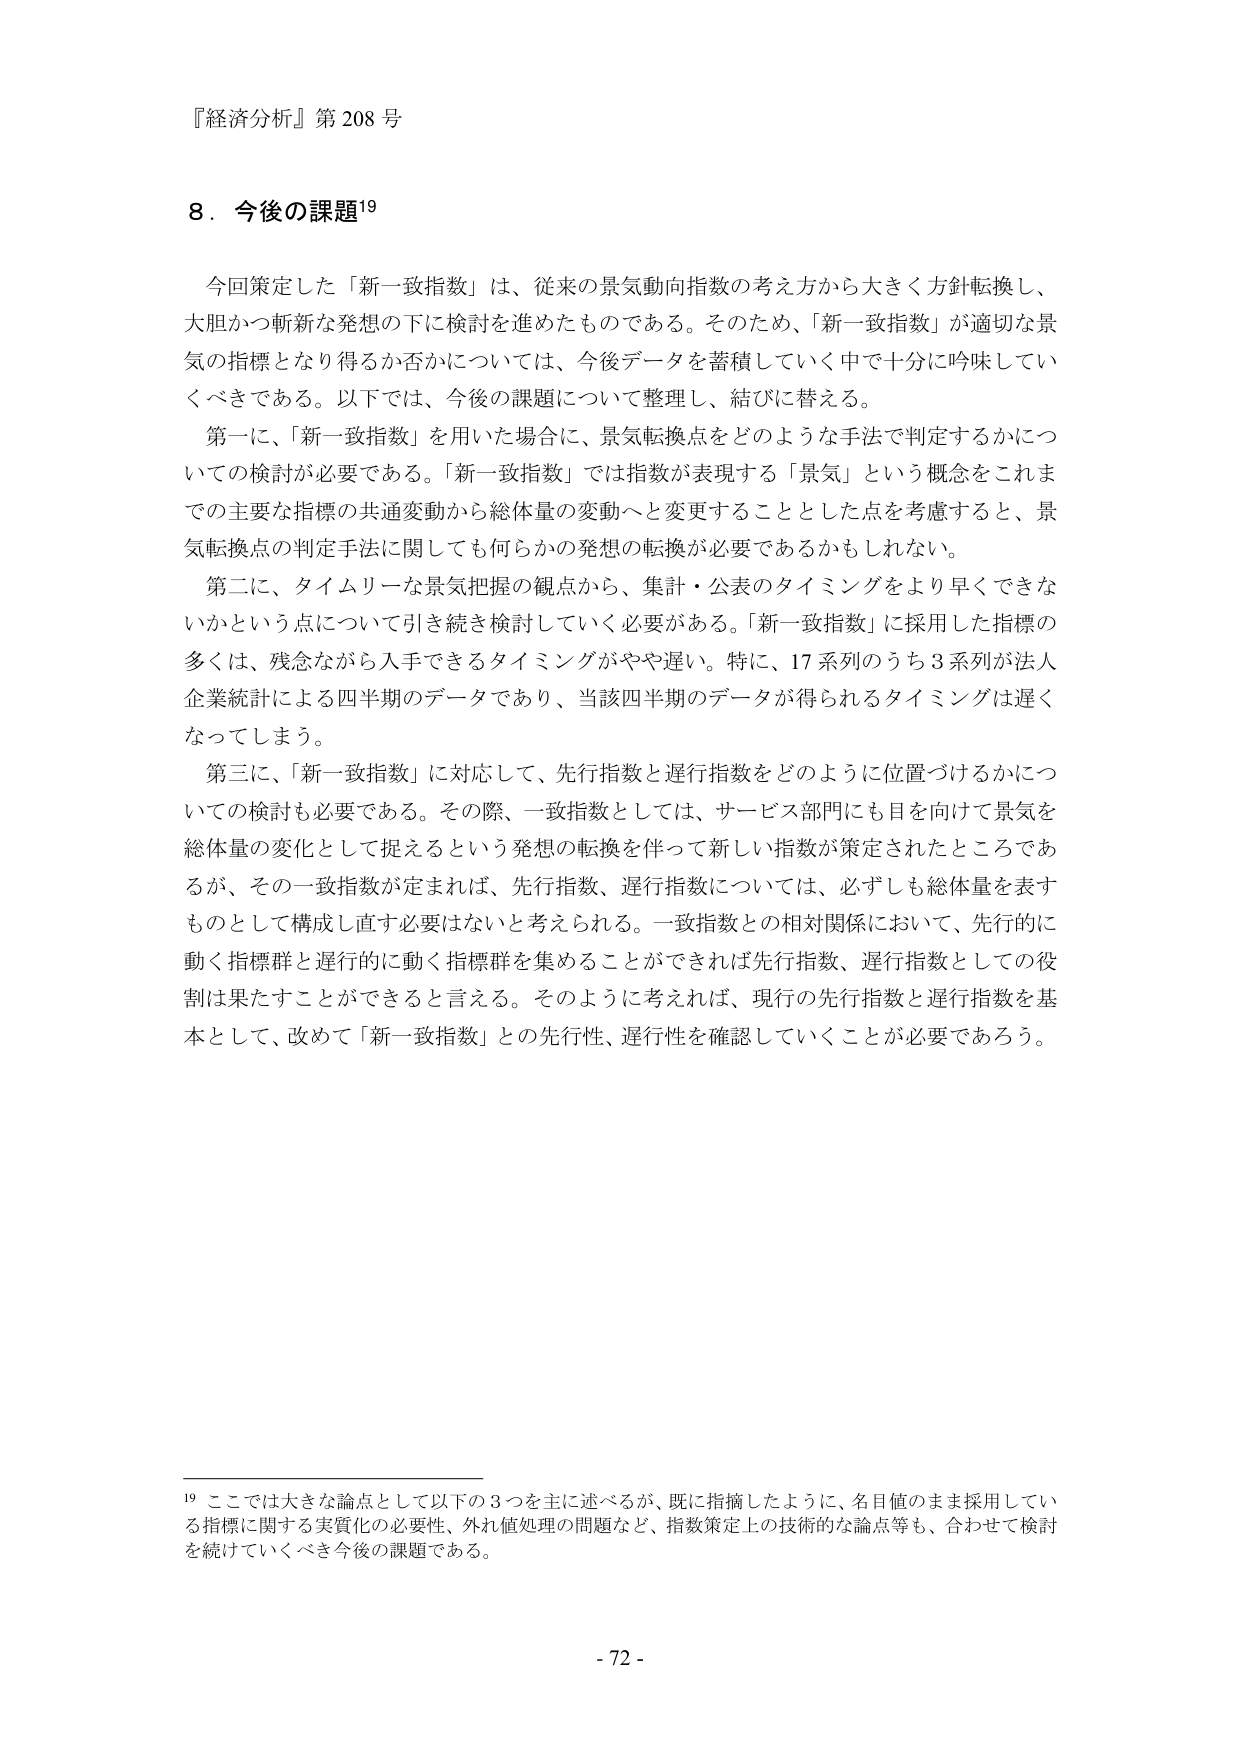
『経済分析』第 208 号

8．今後の課題¹⁹

今回策定した「新一致指数」は、従来の景気動向指数の考え方から大きく方針転換し、
大胆かつ斬新な発想の下に検討を進めたものである。そのため、「新一致指数」が適切な景
気の指標となり得るか否かについては、今後データを蓄積していく中で十分に吟味してい
くべきである。以下では、今後の課題について整理し、結びに替える。

第一に、「新一致指数」を用いた場合に、景気転換点をどのような手法で判定するかにつ
いての検討が必要である。「新一致指数」では指数が表現する「景気」という概念をこれまでの主要な指標の共通変動から総体量の変動へと変更することとした点を考慮すると、景
気転換点の判定手法に関しても何らかの発想の転換が必要であるかもしれない。

第二に、タイムリーな景気把握の観点から、集計・公表のタイミングをより早くできな
いかという点について引き続き検討していく必要がある。「新一致指数」に採用した指標の
多くは、残念ながら入手できるタイミングがやや遅い。特に、17 系列のうち 3 系列が法人
企業統計による四半期のデータであり、当該四半期のデータが得られるタイミングは遅く
なってしまう。

第三に、「新一致指数」に対応して、先行指数と遅行指数をどのように位置づけるかにつ
いての検討も必要である。その際、一致指数としては、サービス部門にも目を向けて景気を
総体量の変化として捉えるという発想の転換を伴って新しい指数が策定されたところであ
るが、その一致指数が定まれば、先行指数、遅行指数については、必ずしも総体量を表す
ものとして構成し直す必要はないと考えられる。一致指数との相対関係において、先行的に
動く指標群と遅行的に動く指標群を集めることができれば先行指数、遅行指数としての役
割は果たすことができると言える。そのように考えれば、現行の先行指数と遅行指数を基
本として、改めて「新一致指数」との先行性、遅行性を確認していくことが必要であろう。

¹⁹ ここでは大きな論点として以下の3つを主に述べるが、既に指摘したように、名目値のまま採用してい
る指標に関する実質化の必要性、外れ値処理の問題など、指数策定上の技術的な論点等も、合わせて検討
を続けていくべき今後の課題である。

- 72 -